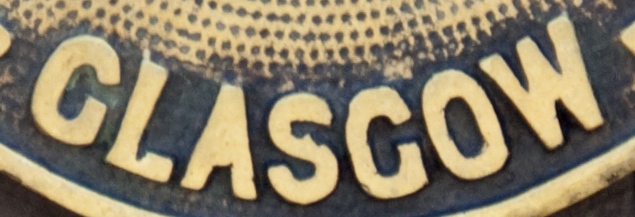
CLASCOW